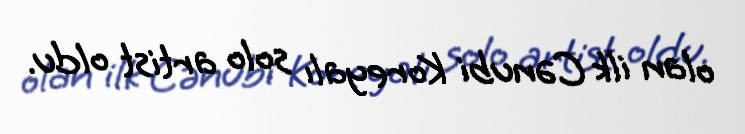
olan ilk Cənubi Koreyalı solo artist oldu.